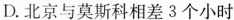
D.北京与莫斯科相差3个小时